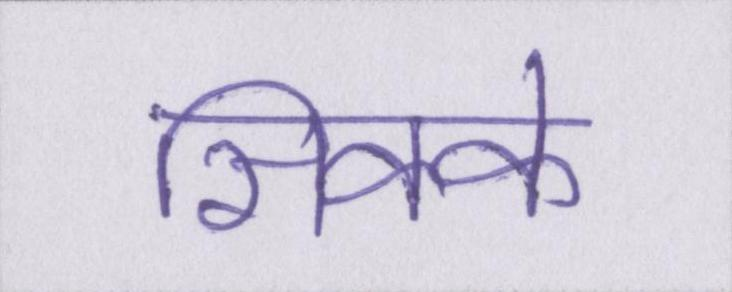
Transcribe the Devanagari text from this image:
सिक्के